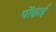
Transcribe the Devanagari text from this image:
पोंछाई